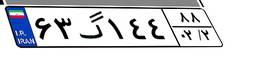
۶۳گ۱۴۴۸۸